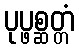
ပုပ္ဖစ္ဆတ္တံ